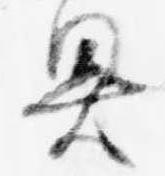
奥